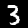
Label: 3